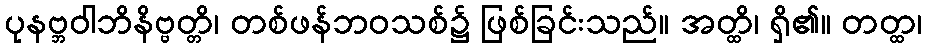
ပုနဗ္ဘဝါဘိနိဗ္ဗတ္တိ၊ တစ်ဖန်ဘဝသစ်၌ ဖြစ်ခြင်းသည်။ အတ္ထိ၊ ရှိ၏။ တတ္ထ၊